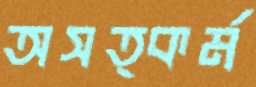
অসত্কর্ম